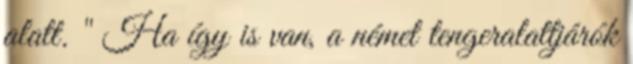
alatt. " Ha így is van, a német tengeralattjárók